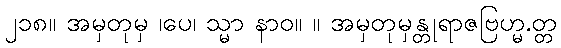
၂၁၈။ အမှတုမှ ၊ပေ၊ သ္မာ နာဝ။ ။ အမှတုမှန္တုရာဇဗြဟ္မ.တ္တ